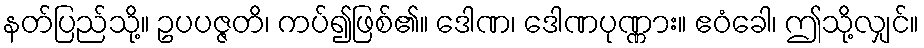
နတ်ပြည်သို့။ ဥပပဇ္ဇတိ၊ ကပ်၍ဖြစ်၏။ ဒေါဏ၊ ဒေါဏပုဏ္ဏား။ ဧဝံခေါ၊ ဤသို့လျှင်။